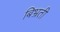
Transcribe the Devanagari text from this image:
बिभ्रती